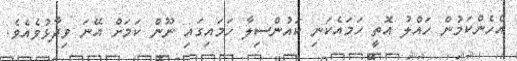
އެހެންކަމުން ހައްލު އޮތީ ހަމައެކަނި ކައުންސިލާ ހަމައިގައި ނޫން ކަމަށް އޭނަ ވިދާޅުވެއެވެ.